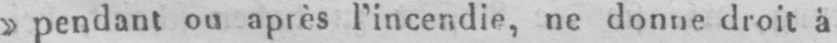
»pendant ou après l’incendie, ne donne droit à